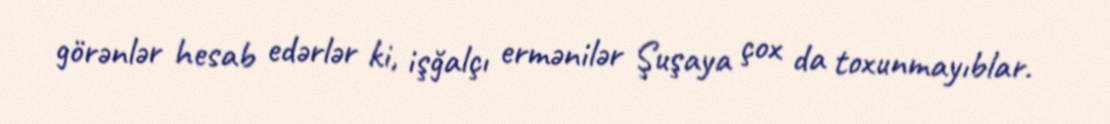
görənlər hesab edərlər ki, işğalçı ermənilər Şuşaya çox da toxunmayıblar.